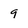
Character: 9